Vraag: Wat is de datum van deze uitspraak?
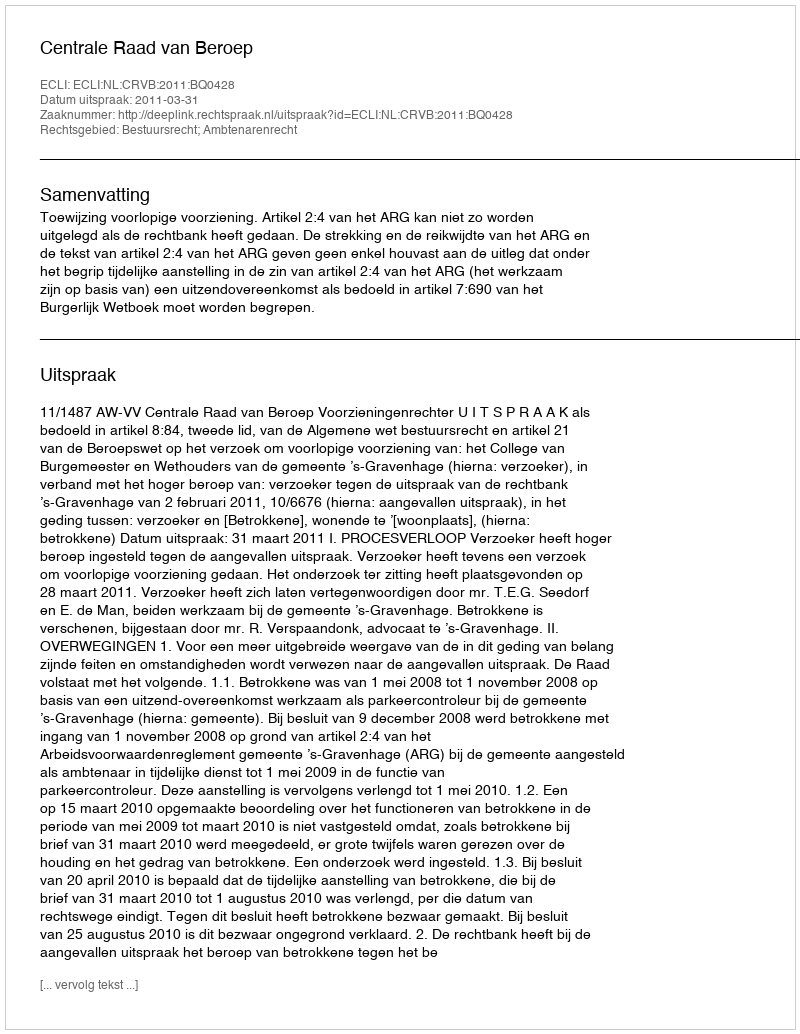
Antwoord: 2011-03-31